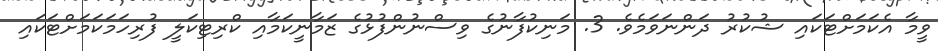
ވީމާ އެކަމަށްޓަކަައި ޝުކުރު ދަންނަވަމެވެ. 3. މަނިކުފާނުގެ ވިސްނުންފުޅުގެ ޒަމާނީކަމާއި ކްރިޓިކަލީ ފުރިހަމަކަމަށްޓަކަައި